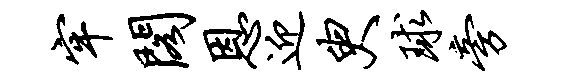
牢阁恩迎臾球旁